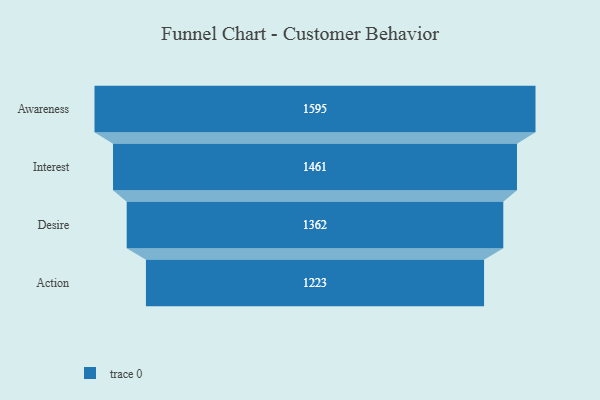
{"axis": {"x": "Stage", "y": "Value"}, "legend": [""], "data": [{"x": "Awareness", "y": 1595.0, "type": ""}, {"x": "Interest", "y": 1461.0, "type": ""}, {"x": "Desire", "y": 1362.0, "type": ""}, {"x": "Action", "y": 1223.0, "type": ""}]}